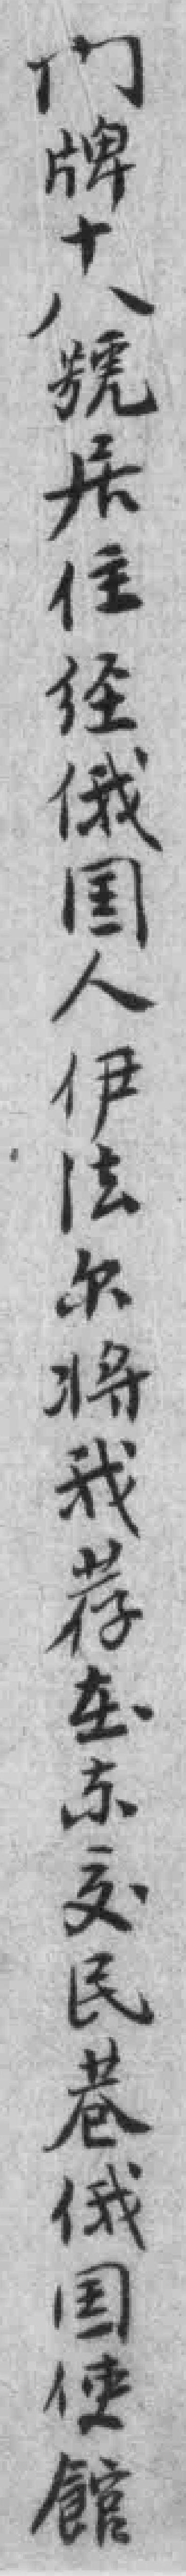
门牌十八號居住经俄国人伊法尔将我荐在东交民巷俄国使館